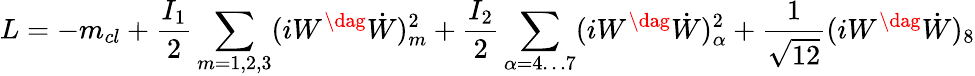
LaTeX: L=-m_{cl}+\frac{I_{1}}{2}\sum_{m=1,2,3}(iW^{\dag}\dot{W})_{m}^{2}+\frac{I_{2}}{2}\sum_{\alpha=4\ldots 7}(iW^{\dag}\dot{W})_{\alpha}^{2}+\frac{1}{\sqrt{12}}(iW^{\dag}\dot{W})_{8}